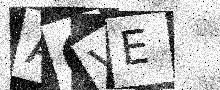
Text: AOVE